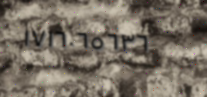
١٧١٦٠٦٥٦٣٦